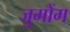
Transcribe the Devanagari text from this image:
जुमोंग